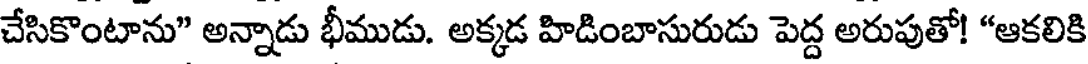
చేసికొంటాను" అన్నాడు భీముడు. అక్కడ హిడింబాసురుడు పెద్ద అరుపుతో! "ఆకలికి